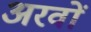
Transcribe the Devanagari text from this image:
अरवों